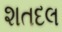
શતદલ